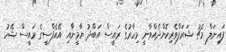
ފައިނަލް މެޗު ޝަރަފްވެރިކޮށްދެއްވާނީ މިހާރުގެ ރައީސް އަބްދު ޔާމީނާއި އޭއެފްސީގެ ރައީސް ޝޭހު